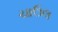
ચાઉલ